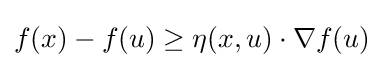
f(x)-f(u)\geq \eta (x,u)\cdot \nabla f(u)